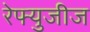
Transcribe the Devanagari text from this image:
रेफ्युजीज